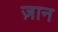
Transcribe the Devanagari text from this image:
ज़ान